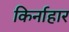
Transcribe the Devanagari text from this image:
किर्नाहार